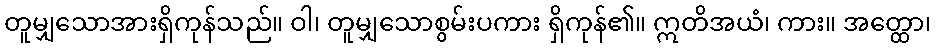
တူမျှသောအားရှိကုန်သည်။ ဝါ၊ တူမျှသောစွမ်းပကား ရှိကုန်၏။ ဣတိအယံ၊ ကား။ အတ္ထော၊